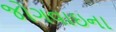
જોગવાઇના